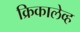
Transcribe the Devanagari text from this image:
क्रिकालेव्ह